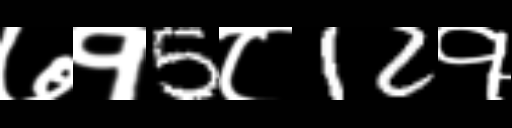
Text: ७१5८12१